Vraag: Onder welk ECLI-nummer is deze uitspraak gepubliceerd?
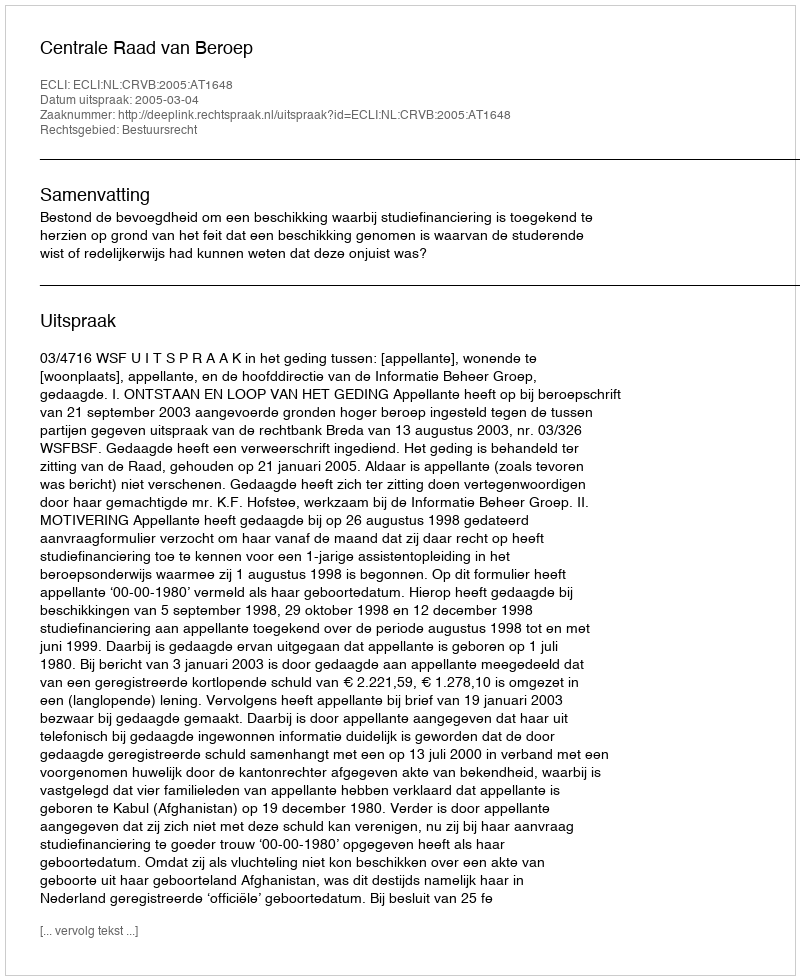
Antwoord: ECLI:NL:CRVB:2005:AT1648